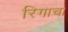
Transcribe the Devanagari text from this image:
रिगाचा